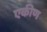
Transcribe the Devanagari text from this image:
एकीण